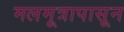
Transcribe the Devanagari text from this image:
मलमूत्रापासून